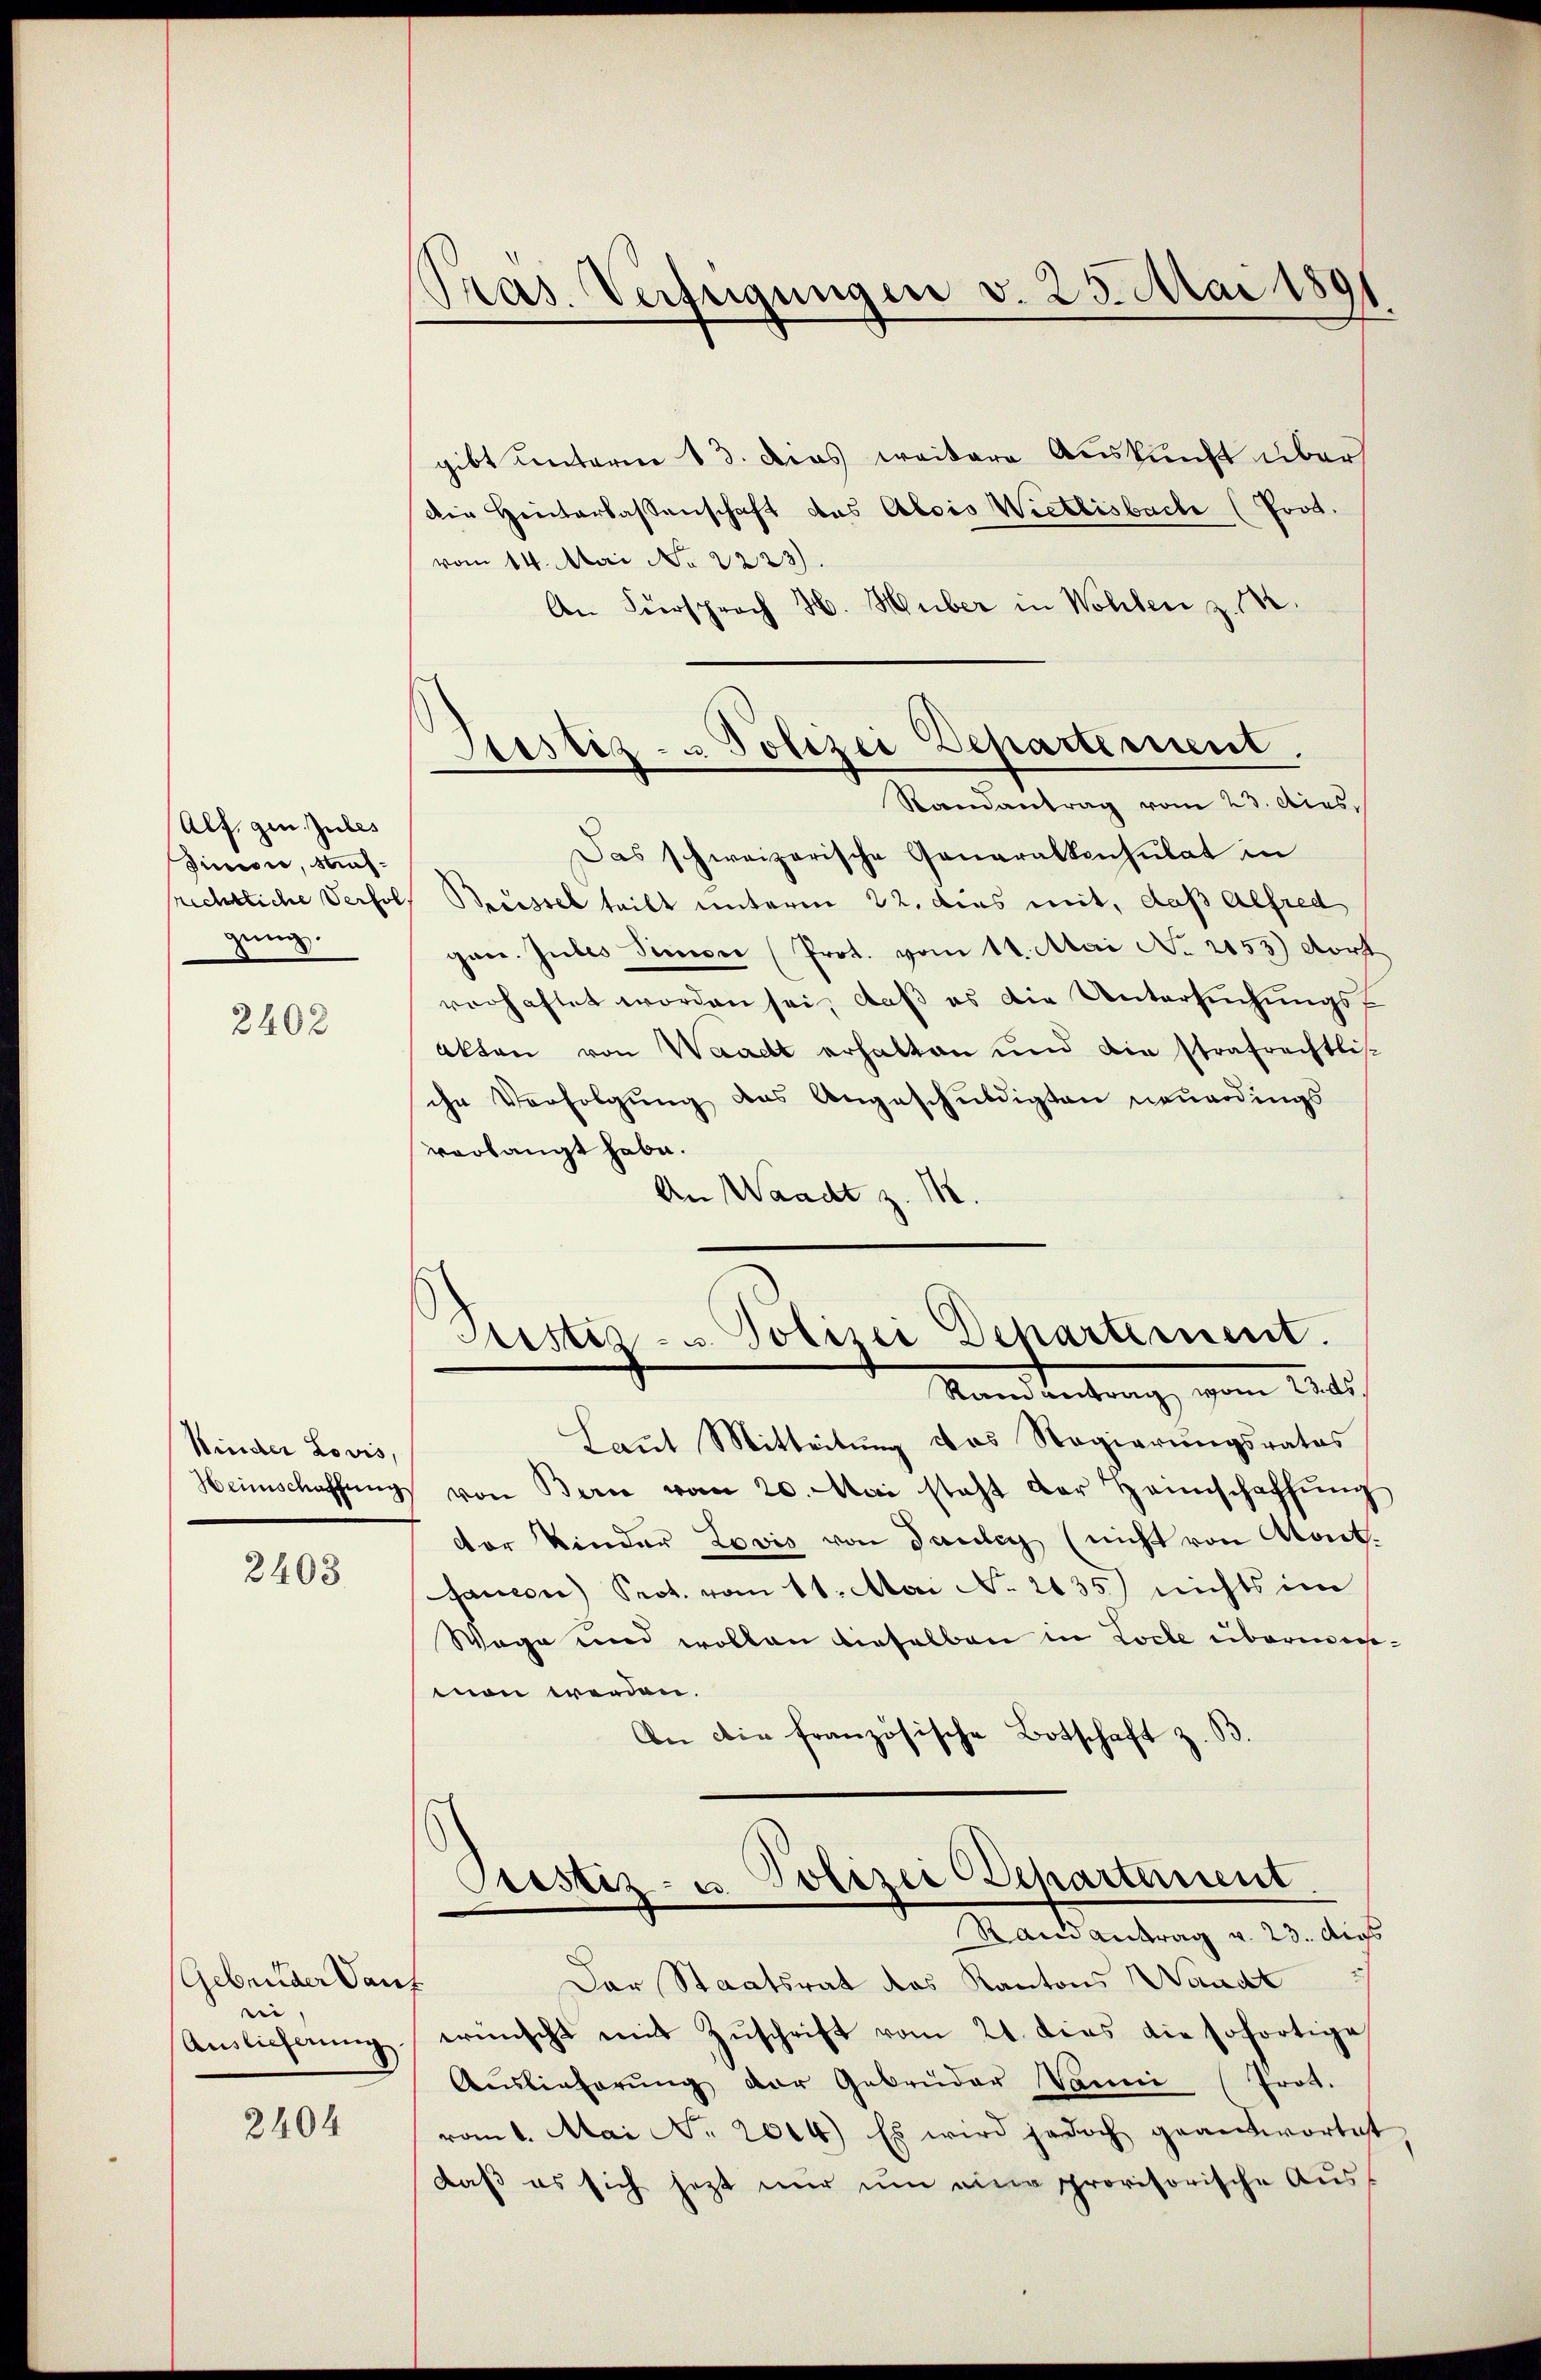
Alf. gen Jubes
Sincore, sichsrichtliche Verfol
gung.

2402

Kinder Lovis,

2403.

(Gebrüder Dau
e.
Auslieferung.

2404

Pras. Verfügungen v. 25. Mai 1891

Justiz- & Polizei Departement.
Randantrag vom 23. dies,

gibt unterm 13. dies weitere Auskunft über
die Hinterlassenschaft das Alois Wietlisbache (Prod.
vom 14. Mai No 2223).
An Fürsprach H. Huber in Wohlen z. M.
Das schweizerische Generalkonsulat in
Becessel teilt unterm 22. dies mit, daß Alfred
gane. Gubes Simon (Prot. vom 11. Mai No 2153) dort
verhaftet worden sei, daß es die Untersuchungs¬
Akten von Waadt erhalten und die strafrechtli-
ihr Verfolgung des Angeschuldigten neuerdings
vorlangt habe.
An Waadt z. M.
Aristiz- u. Polizei Departement.
Rand leitung, vom 12. d.
Laut Mitteilung das Regierungsrates
Heimschaffŭng von Bern vom 20. Mai steht der Heimschaffŭng
dor Kinder Lovis von Tauber (nicht von Kont.
sancen Prot. vom 11. Mai No 2135) nichts im
Wege und wollen dieselben in Loche übermeimon werden.
An die französische Botschaft z. B.
Prestiz- u. Polizei Departement
Rand antrag v. 23. Augs
Der Staatsrat des Kantons Waadt
f
wünscht mit Zuschrift vom 21. dies die sofortige
Aŭslieferŭng der Gebrüder Dann (Prot.
vom 1. Mai No 2014.) Es wird jedoch geantwortet
daß es sich jetzt nur um eine provisorische Aus-